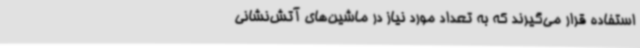
استفاده قرار می‌گیرند که به تعداد مورد نیاز در ماشین‌های آتش‌نشانی